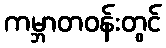
ကမ္ဘာတဝန်းတွင်